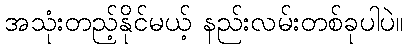
အသုံးတည့်နိုင်မယ့် နည်းလမ်းတစ်ခုပါပဲ။